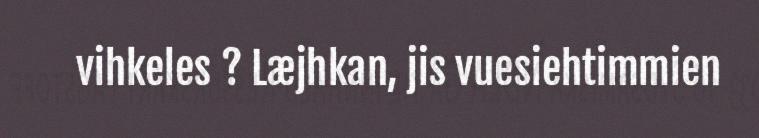
vihkeles ? Læjhkan, jis vuesiehtimmien